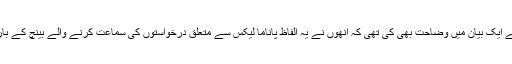
خواجہ سعد رفیق نے ایک بیان میں وضاحت بھی کی تھی کہ اُنھوں نے یہ الفاظ پاناما لیکس سے متعلق درخواستوں کی سماعت کرنے والے بینچ کے بارے میں نہیں کہے۔